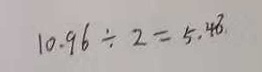
1 0 . 9 6 \div 2 = 5 . 4 8